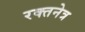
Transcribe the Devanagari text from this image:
रक्तनेत्र